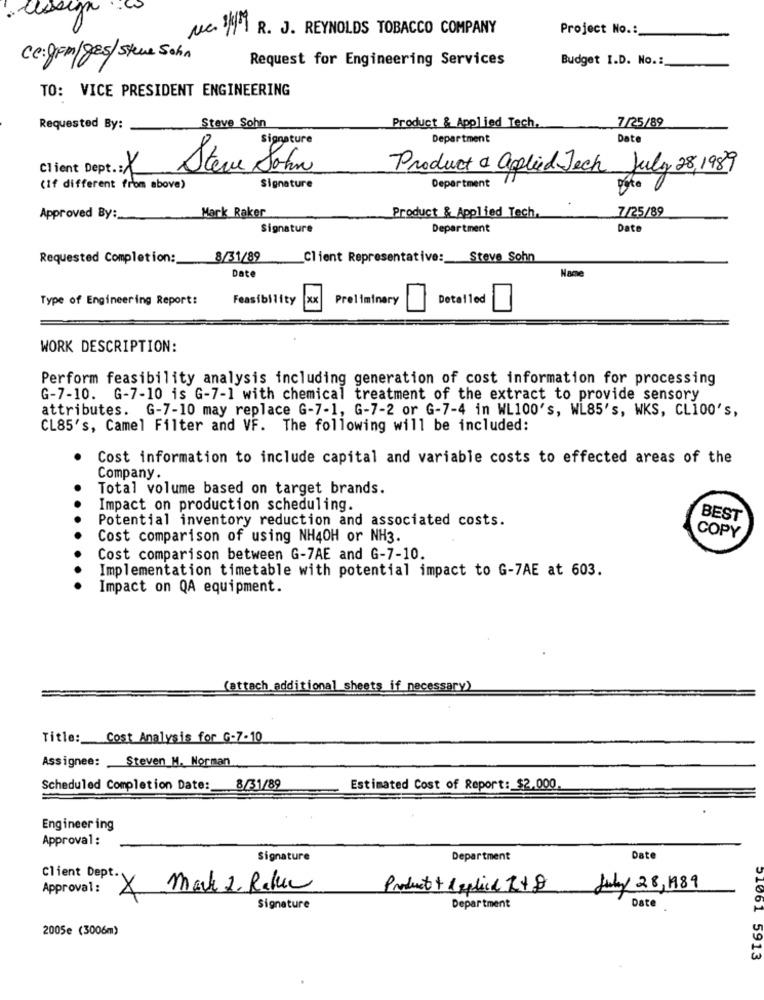
Nc 31 R. J. REYNOLDS TOBACCO COMPANY
Project No .:
Ce: gFm/ges/Steve Sohn
Request for Engineering Services
Budget I.D. No .:_
TO: VICE PRESIDENT ENGINEERING
Stave Sohn
7/25/89
Requested By:
Product & Applied Tech.
Department
Dat
signature
Client Dept .: /
Steve Sohn
Product & aplied Jech July 28, 1989
(If different from above)
Signature
Department
Mark Raker
Product & Applied Tech.
7/25/89
Approved By:
Signature
Department
Date
Requested Completion:
8/31/89
Client Representative: Steve Sohn
Date
Name
Type of Engineering Report:
Feasibility
XX
Preliminary
Detailed
WORK DESCRIPTION:
Perform feasibility analysis including generation of cost information for processing
G-7-10. G-7-10 is G-7-1 with chemical treatment of the extract to provide sensory
attributes. G-7-10 may replace G-7-1, G-7-2 or G-7-4 in WL100's, WL85's, WKS, CL100's,
CL85's, Camel Filter and VF. The following will be included:
Cost information to include capital and variable costs to effected areas of the
Company.
Total volume based on target brands.
Impact on production scheduling.
Potential inventory reduction and associated costs.
BEST
COPY
Cost comparison of using NH40H or NH3.
Cost comparison between G-7AE and G-7-10.
Implementation timetable with potential impact to G-7AE at 603.
Impact on QA equipment.
(attach additional sheets if necessary)
Title: Cost Analysis for G-7-10
Assignee: Steven M. Norman
Scheduled Completion Date:
8/31/89
Estimated Cost of Report: $2,000.
Engineering
Approval :
Signature
Department
Date
Client Dept.
Approval :
X
Mark 2. Rebec
Product + Applied R+D
July 28, 1989
Signature
Department
Date
2005e (3006m)
151061 5913